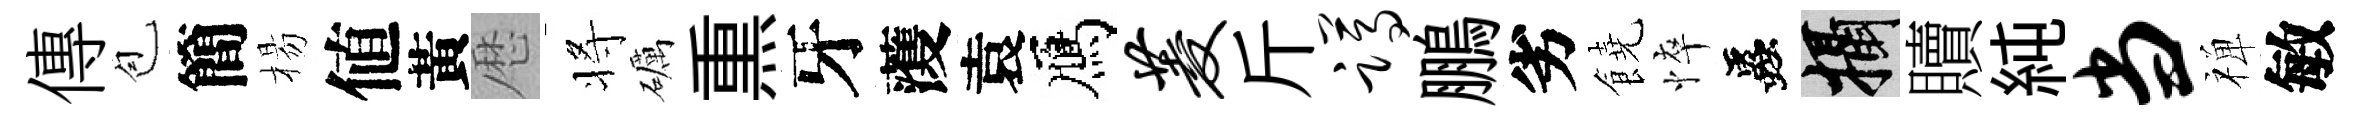
傳苞簡楊値黃厯将礪𤋱牙𮑮袁鴈菱斤蹲鵬劣饒悴蟲攝贖純当禅敏